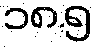
၁၈.၅